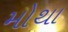
મોથા